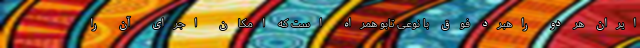
ایران هر دو راهبرد فوق با نوعی تابو همراه است که امکان اجرای آن را